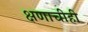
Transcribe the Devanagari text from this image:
क्षणाचीही